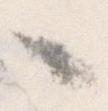
々